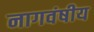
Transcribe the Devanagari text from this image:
नागवंषीय